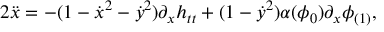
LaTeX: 2 \ddot { x } = - ( 1 - \dot { x } ^ { 2 } - \dot { y } ^ { 2 } ) \partial _ { x } h _ { t t } + ( 1 - \dot { y } ^ { 2 } ) \alpha ( \phi _ { 0 } ) \partial _ { x } \phi _ { ( 1 ) } ,